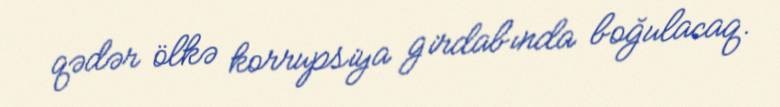
qədər ölkə korrupsiya girdabında boğulacaq.